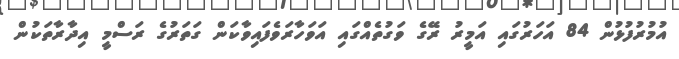
އުމުރުފުޅުން 84 އަހަރުގައި އަމީރު ރޭގެ ވަގުތެއްގައި އަވަހާރަވެފައިވާކަން ގަތަރުގެ ރަސްމީ އިދާރާތަކުން